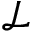
\mathcal { L }